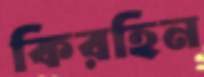
কিরহিন